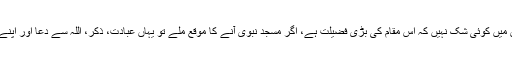
(رواہ البخاری:1196ومسلم :1391) اس میں کوئی شک نہیں کہ اس مقام کی بڑی فضیلت ہے، اگر مسجد نبوی آنے کا موقع ملے تو یہاں عبادت، ذکر، اللہ سے دعا اور اپنے گناہوں سے توبہ و استغفار کرنا چاہیے۔